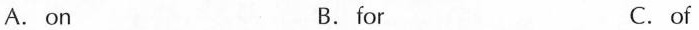
A.on B.for C.of